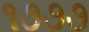
૧૭૭૭